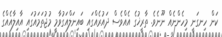
ކަން ހިނގަނީ މިހެންނެއް ނޫނެވެ. ތާރީޚުގެ އެއްވެސް ދައުރެއްގައި ބައިނަލްއަގުވާމީ މުޖުތަމައުގައި އާއިލާއެއްގެ